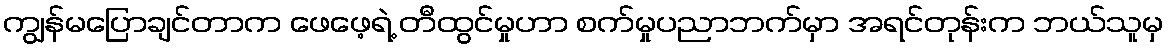
ကျွန်မပြောချင်တာက ဖေဖေ့ရဲ့ တီထွင်မှုဟာ စက်မှုပညာဘက်မှာ အရင်တုန်းက ဘယ်သူမှ